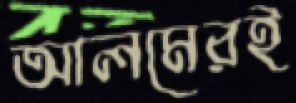
আলমেরই